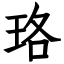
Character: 珞